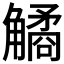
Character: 𧤾